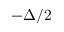
- \Delta / 2